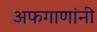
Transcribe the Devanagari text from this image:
अफगाणांनी